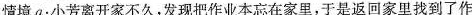
情境a：小芳离开家不久，发现把作业本忘在家里，于是返回家里找到了作